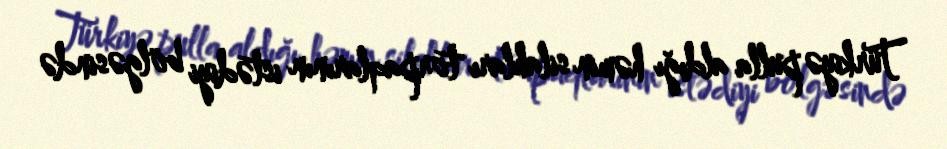
Türkiyə pulla aldığı həmin silahları torpaqlarının istədiyi bölgəsində